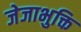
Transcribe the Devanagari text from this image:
जेजाभुक्ति